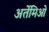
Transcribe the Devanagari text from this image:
अर्तेमिओ